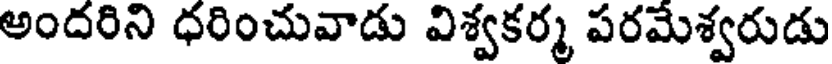
అందరిని ధరించువాడు విశ్వకర్మ పరమేశ్వరుడు